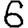
Digit: 6